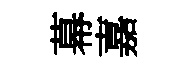
幕嘉